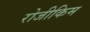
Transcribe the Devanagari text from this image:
रोजीकिम